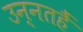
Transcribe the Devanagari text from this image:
उन्नतहैं